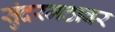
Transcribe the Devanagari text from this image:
सुंदरमठावर